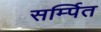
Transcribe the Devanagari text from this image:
सर्म्पित